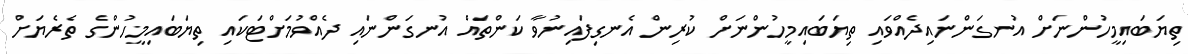
ތިޔަބައިމީހުންނަށް އުނގަންނައިދެއްވައި ތިޔަބައިމީހުންނަށް ކުރިން އެނގިފައިނުވާ ކަންތައް އުނގަންނައި ދެއްވުމަށްޓަކައި ތިޔަބައިމީހުންގެ ތެރެޔަށް